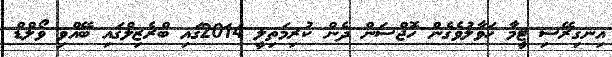
އިނގިރޭސި ޓީމާ ހަވާލުވެގެން ހޮޖްސަން ދެން ކުރިމަތިލީ 2014ގައި ބްރެޒިލްގައި ބޭއްވި ވޯލްޑް